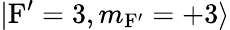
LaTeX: |\mathrm{F^{\prime}}=3,m_{\mathrm{F^{\prime}}}=+3\rangle